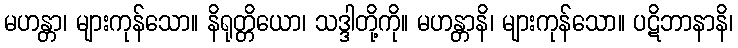
မဟန္တာ၊ များကုန်သော။ နိရုတ္တိယော၊ သဒ္ဒါတို့ကို။ မဟန္တာနိ၊ များကုန်သော။ ပဋိဘာနာနိ၊